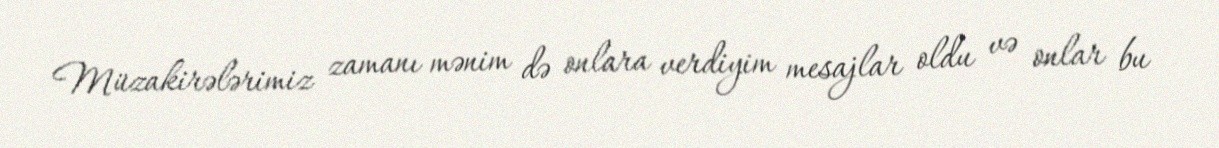
Müzakirələrimiz zamanı mənim də onlara verdiyim mesajlar oldu və onlar bu